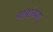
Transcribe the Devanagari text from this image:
बायांच्या